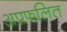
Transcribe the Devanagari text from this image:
अप्रफलित